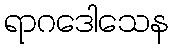
ရာဂဒေါသေန